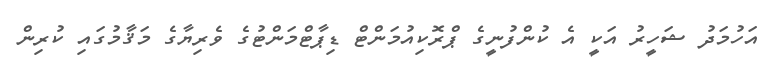
އަހުމަދު ޝަހީރު އަކީ އެ ކުންފުނީގެ ޕްރޮކިއުމަންޓް ޑިޕާޓްމަންޓުގެ ވެރިޔާގެ މަޤާމުގައި ކުރިން